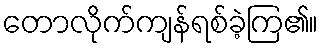
တောလိုက်ကျန်ရစ်ခဲ့ကြ၏။